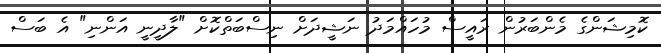
ކޮމިޝަންގެ މެންބަރުން ރައީސް މުހައްމަދު ނަޝީދަށް ނިސްބަތްކޮށް "ލާދީނީ އަންނި" އެ ބަސް